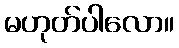
မဟုတ်ပါလော။